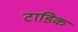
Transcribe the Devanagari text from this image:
टाडिक